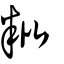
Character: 粃